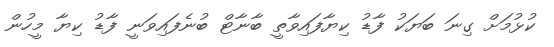
ކުޅުމަށް ގިނަ ބަޔަކު ފާޑު ކިޔާފައިވާތީ ބާނާޓް ބުނެފައިވަނީ ފާޑު ކިޔާ މީހުން